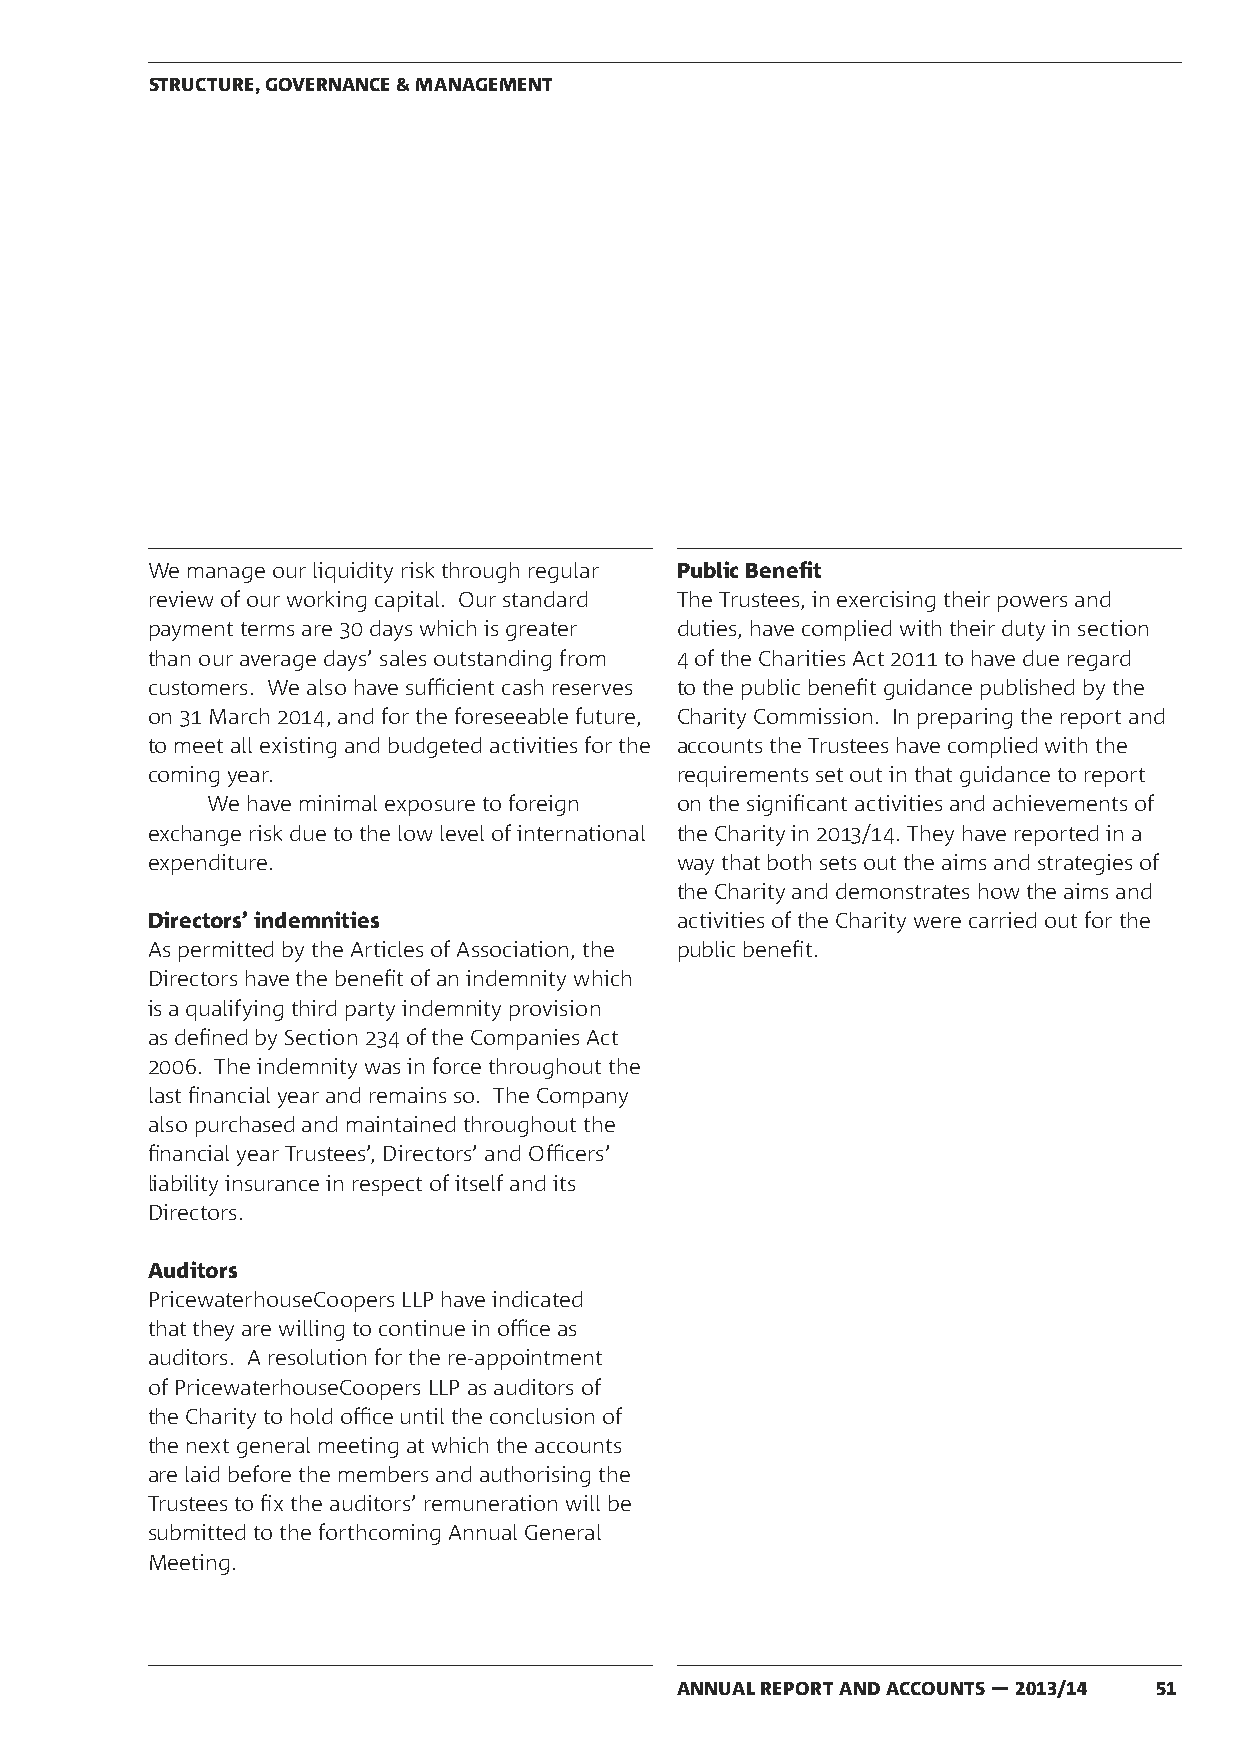
STRUCTURE, GOVERNANCE & MANAGEMENT
 We manage our liquidity risk through regular Public Benefit
 review of our working capital. Our standard The Trustees, in exercising their powers and
 payment terms are 30 days which is greater duties, have complied with their duty in section
 than our average days’ sales outstanding from 4 of the Charities Act 2011 to have due regard
 customers. We also have sufficient cash reserves to the public benefit guidance published by the
 on 31 March 2014, and for the foreseeable future, Charity Commission. In preparing the report and
 to meet all existing and budgeted activities for the accounts the Trustees have complied with the
 coming year.                       requirements set out in that guidance to report
 We have minimal exposure to foreign on the significant activities and achievements of
 exchange risk due to the low level of international the Charity in 2013/14. They have reported in a
 expenditure.                       way that both sets out the aims and strategies of
 the Charity and demonstrates how the aims and
 Directors’ indemnities             activities of the Charity were carried out for the
 As permitted by the Articles of Association, the public benefit.
 Directors have the benefit of an indemnity which
 is a qualifying third party indemnity provision
 as defined by Section 234 of the Companies Act
 2006. The indemnity was in force throughout the
 last financial year and remains so. The Company
 also purchased and maintained throughout the
 financial year Trustees’, Directors’ and Officers’
 liability insurance in respect of itself and its
 Directors.
 Auditors
 PricewaterhouseCoopers LLP have indicated
 that they are willing to continue in office as
 auditors. A resolution for the re-appointment
 of PricewaterhouseCoopers LLP as auditors of
 the Charity to hold office until the conclusion of
 the next general meeting at which the accounts
 are laid before the members and authorising the
 Trustees to fix the auditors’ remuneration will be
 submitted to the forthcoming Annual General
 Meeting.
 ANNUAL REPORT AND ACCOUNTS — 2013/14 51